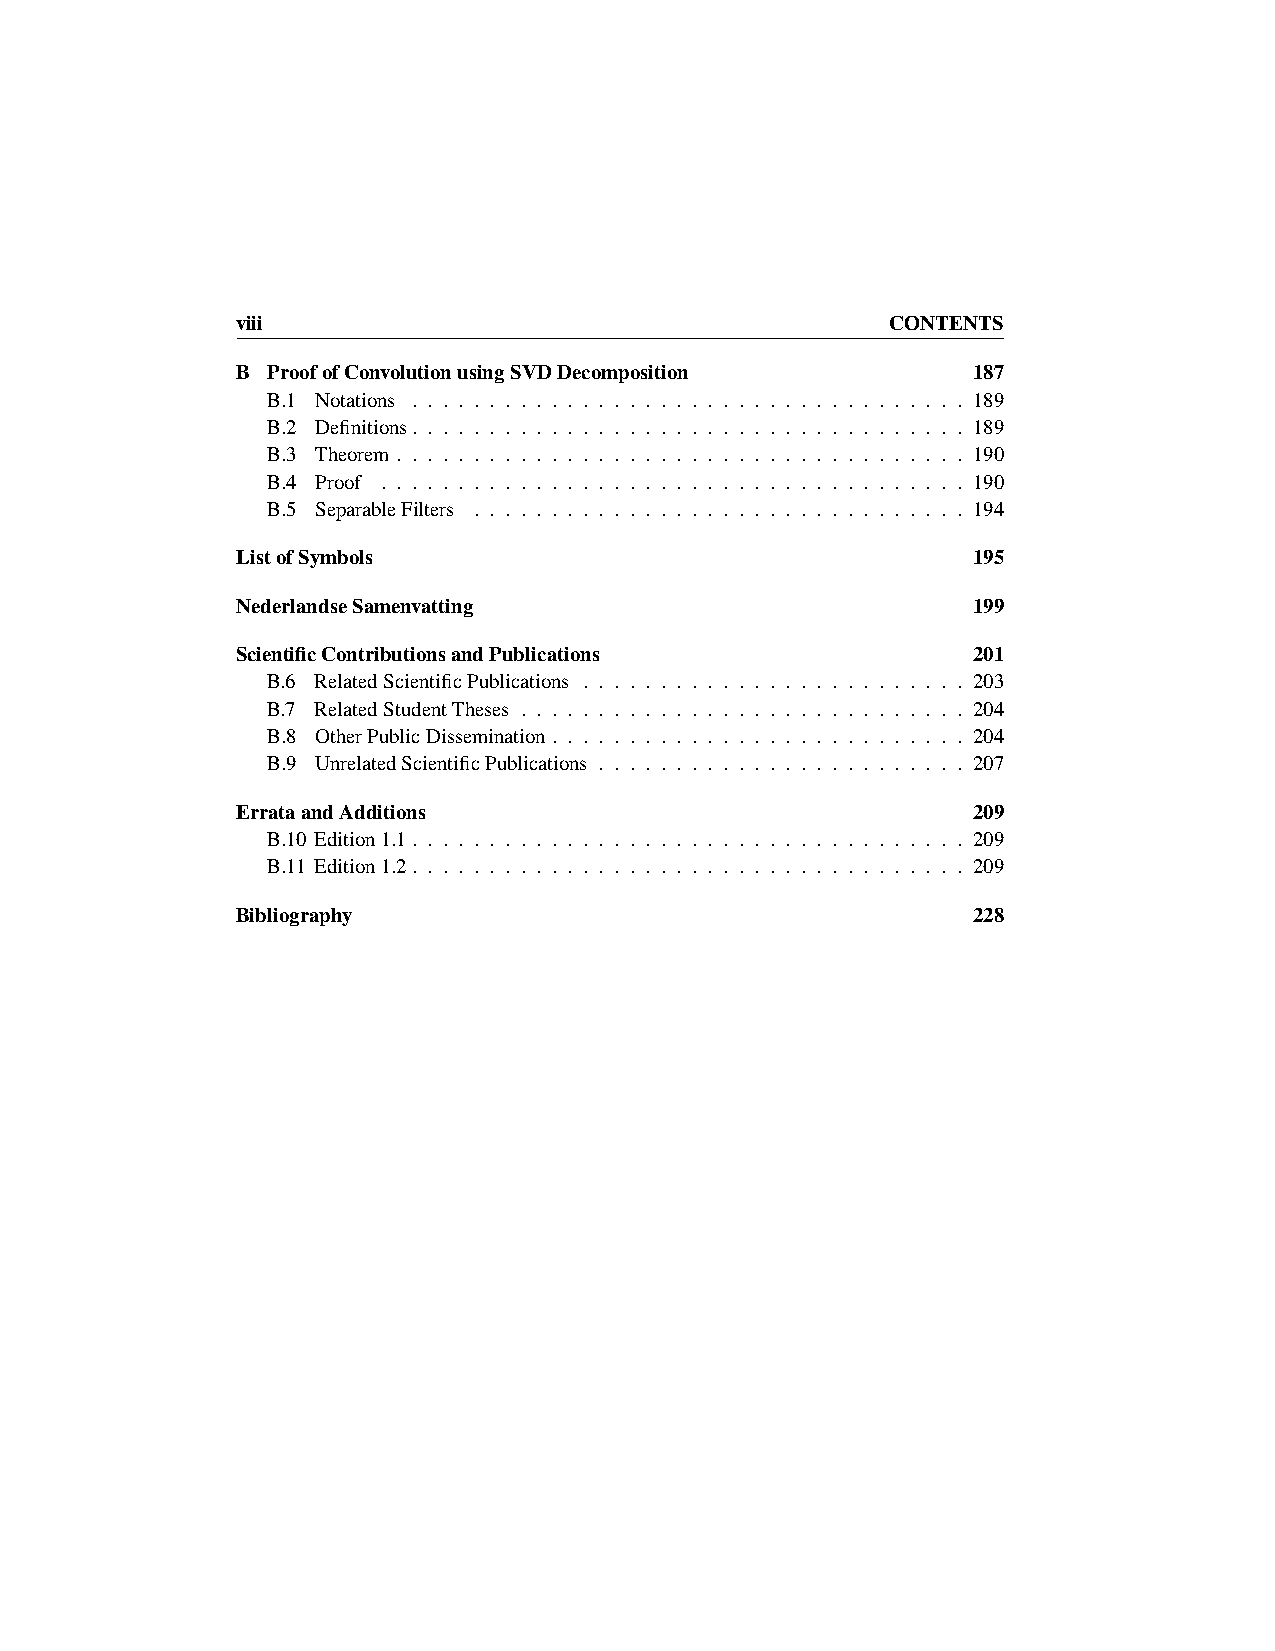
viii                                       CONTENTS
 B ProofofConvolutionusingSVDDecomposition       187
 B.1 Notations . . . . . . . . . . . . . . . . . . . . . . . . . . . . . . . . . . . . 189
 B.2 Definitions. . . . . . . . . . . . . . . . . . . . . . . . . . . . . . . . . . . . 189
 B.3 Theorem . . . . . . . . . . . . . . . . . . . . . . . . . . . . . . . . . . . . . 190
 B.4 Proof . . . . . . . . . . . . . . . . . . . . . . . . . . . . . . . . . . . . . . 190
 B.5 SeparableFilters . . . . . . . . . . . . . . . . . . . . . . . . . . . . . . . . 194
 ListofSymbols                                   195
 NederlandseSamenvatting                         199
 ScientificContributionsandPublications          201
 B.6 RelatedScientificPublications . . . . . . . . . . . . . . . . . . . . . . . . . 203
 B.7 RelatedStudentTheses . . . . . . . . . . . . . . . . . . . . . . . . . . . . . 204
 B.8 OtherPublicDissemination . . . . . . . . . . . . . . . . . . . . . . . . . . . 204
 B.9 UnrelatedScientificPublications . . . . . . . . . . . . . . . . . . . . . . . . 207
 ErrataandAdditions                              209
 B.10 Edition1.1. . . . . . . . . . . . . . . . . . . . . . . . . . . . . . . . . . . . 209
 B.11 Edition1.2. . . . . . . . . . . . . . . . . . . . . . . . . . . . . . . . . . . . 209
 Bibliography                                    228